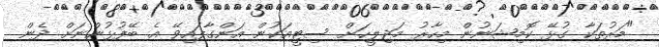
"މަރުތަކާ ގުޅޭ ކޮމިޝަނުން މިހާރު މަޖިލީހަށް ސިޓީއަކުން އަންގާފައިވޭ އެ ބޭފުޅުންނަށް ދެން